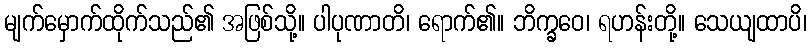
မျက်မှောက်ထိုက်သည်၏ အဖြစ်သို့။ ပါပုဏာတိ၊ ရောက်၏။ ဘိက္ခဝေ၊ ရဟန်းတို့။ သေယျထာပိ၊